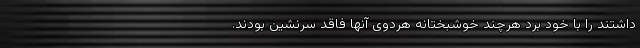
داشتند را با خود برد هرچند خوشبختانه هردوی آنها فاقد سرنشین بودند.